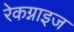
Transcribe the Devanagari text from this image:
रेकग्नाइज